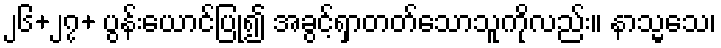
၂၆+၂၇+ ပွန်းယောင်ပြု၍ အခွင့်ရှာတတ်သောသူကိုလည်း။ နာသ္မသေ၊